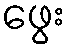
ဖွေး